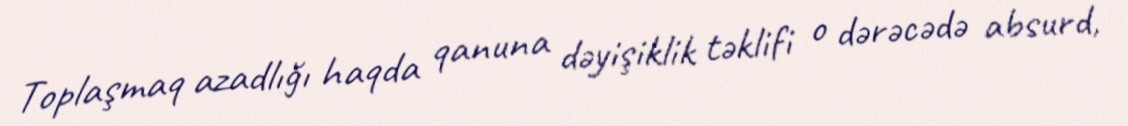
Toplaşmaq azadlığı haqda qanuna dəyişiklik təklifi o dərəcədə absurd,